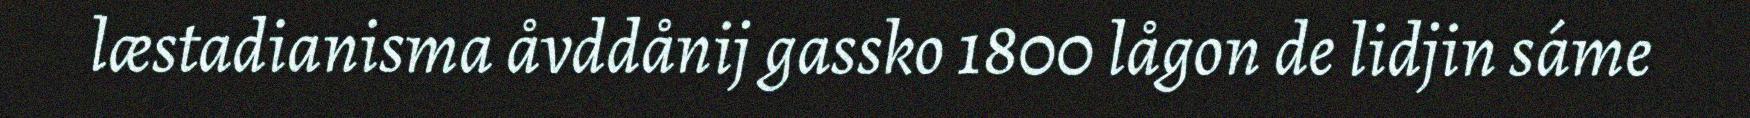
læstadianisma åvddånij gassko 1800 lågon de lidjin sáme